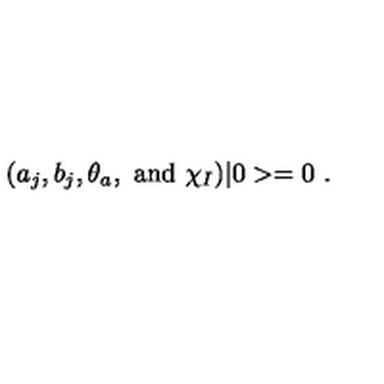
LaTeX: ( a _ { j } , b _ { j } , \theta _ { a } , \ \mathrm { a n d } \ \chi _ { I } ) \vert 0 > = 0 \ .